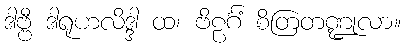
ဒါဗ္ဗီ ဒါရုဟလိဒ္ဒါ ထ၊ ဗိဠင်္ဂံ စိတြတဏ္ဍုလာ။